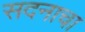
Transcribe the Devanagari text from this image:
सदनाचा